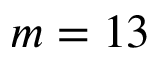
m = 1 3